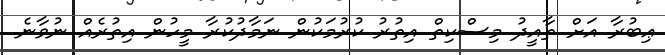
ޢިބުރާ އަށް ތާއީދު މިސްކިތް އިތުރު ކުރުމަކުން ނަމާދުކުރާ މީހުން އިތުރެއް ނުވާނެ.